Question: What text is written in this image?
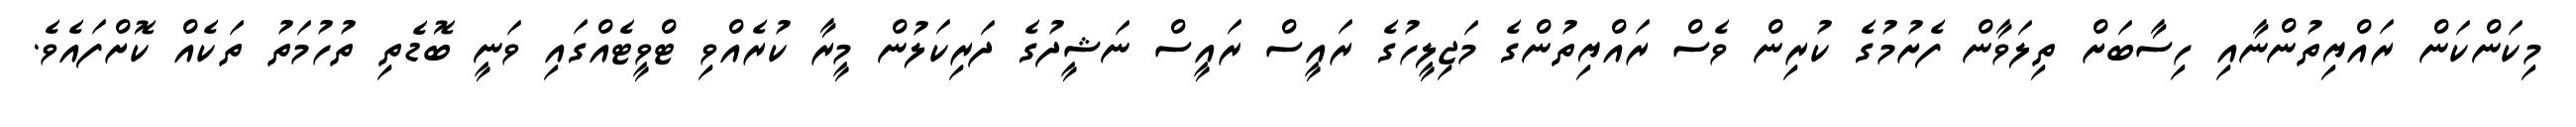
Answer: މިކަންކަން ރައްޔިތުންނާއި ހިސާބަށް ތިލަވާން ފެށުމުގެ ކުރިން ވެސް ރައްޔިތުންގެ މަޖިލީހުގެ ރައީސް ރައީސް ނަޝީދުގެ ދަރިކަލުން މީރާ ކުރެއްވި ޓްވީޓެއްގައި ވަނީ ބޮޑެތި ތުހުމަތު ތަކެއް ކޮށްފައެވެ.